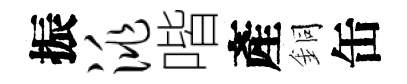
振洮喈產銅缶